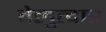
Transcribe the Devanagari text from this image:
वेलुत्दार